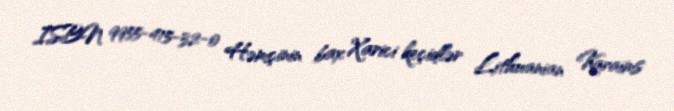
ISBN 9955-415-32-0 Həmçinin bax Xarici keçidlər Lithuanian Karaims